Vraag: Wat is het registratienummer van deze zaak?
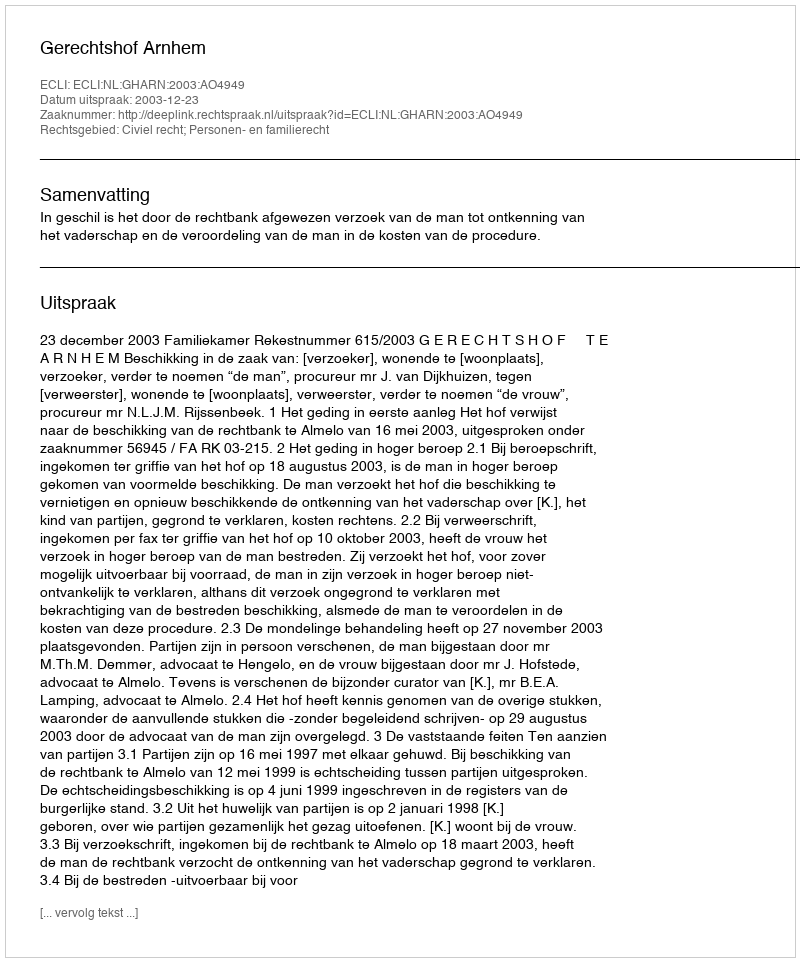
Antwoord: http://deeplink.rechtspraak.nl/uitspraak?id=ECLI:NL:GHARN:2003:AO4949